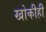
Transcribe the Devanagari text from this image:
खोकीही